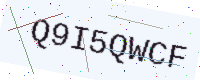
Text: Q9I5QWCF